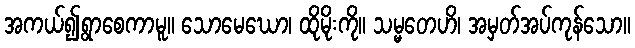
အကယ်၍ရွာစေကာမူ။ သောမေဃော၊ ထိုမိုးကို။ သမ္မတေဟိ၊ အမှတ်အပ်ကုန်သော။